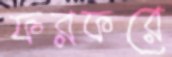
ফরফরে